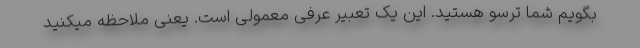
بگویم شما ترسو هستید. این یک تعبیر عرفی معمولی است. یعنی ملاحظه میکنید